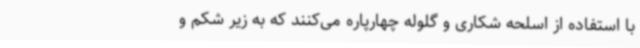
با استفاده از اسلحه شکاری و گلوله چهارپاره می‌کنند که به زیر شکم و